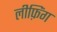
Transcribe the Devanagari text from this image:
लीफ़िंग